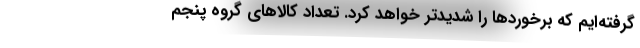
گرفته‌ایم که برخوردها را شدیدتر خواهد کرد. تعداد کالاهای گروه پنجم